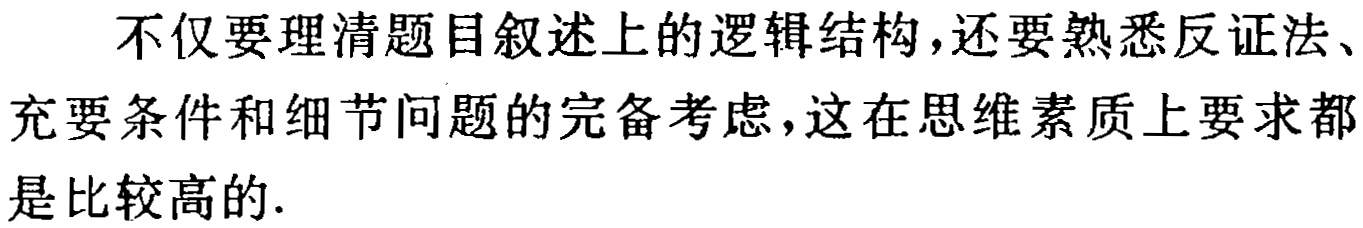
不仅要理清题目叙述上的逻辑结构，还要熟悉反证法、充要条件和细节问题的完备考虑，这在思维素质上要求都是比较高的.